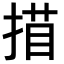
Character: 𢱁